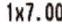
1X7.00